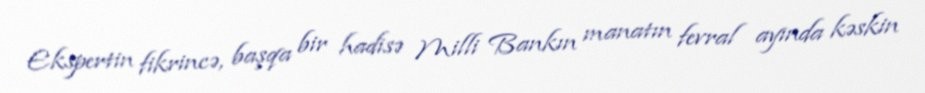
Ekspertin fikrincə, başqa bir hadisə Milli Bankın manatın fevral ayında kəskin